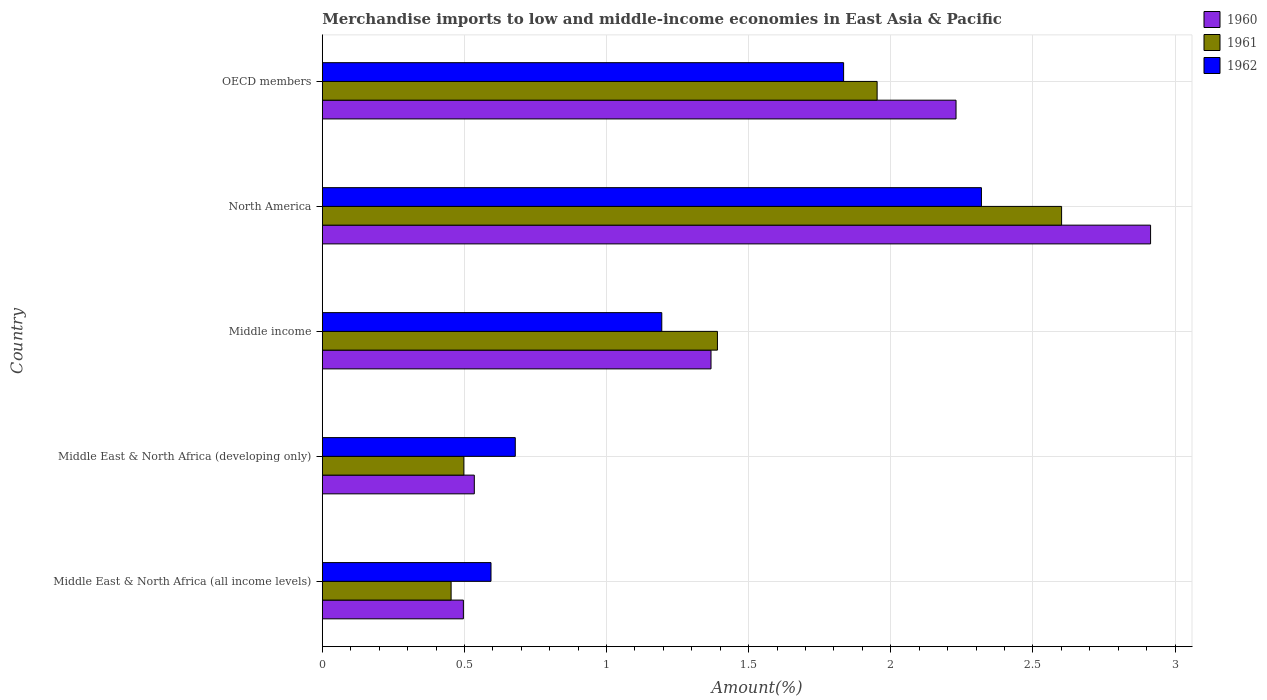
| Country | 1960 | 1961 | 1962 |
 | --- | --- | --- | --- |
 | Middle East & North Africa (all income levels) | 0.496 | 0.453 | 0.593 |
 | Middle East & North Africa (developing only) | 0.535 | 0.498 | 0.679 |
 | Middle income | 1.37 | 1.39 | 1.19 |
 | North America | 2.91 | 2.6 | 2.32 |
 | OECD members | 2.23 | 1.95 | 1.83 |